Civil Veterinary Department. Central Provinces & Berar 1925-31 - 1925-1931
Year: 1925
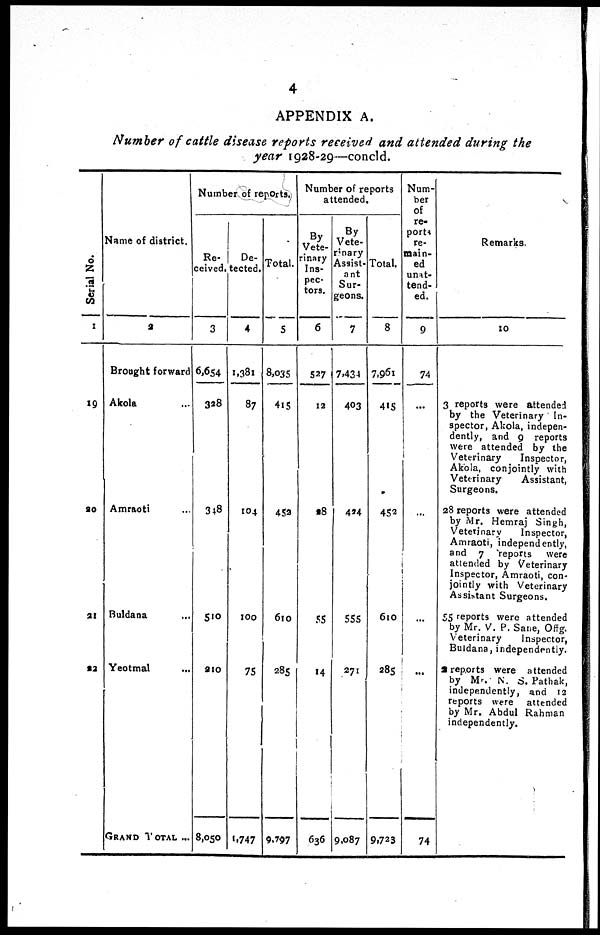
4
APPENDIX A.
Number of cattle disease reports received and attended during the
year 1928-29—concld.
Serial No.
1
19
20
21
22
Name of district.
2
Brought forward
Akola ...
Amraoti ...
Buldana ...
Yeotmal ...
GRAND TOTAL ...
Number of reports.
Re-
ceived.
3
6,654
328
348
510
210
8,050
De-
tected.
4
1,381
87
104
100
75
1,747
Total.
5
8,035
415
452
610
285
9,797
Number of reports
attended.
By
Vete-
rinary
Ins-
pec-
tors.
6
527
12
18
55
14
636
By
Vete-
rinary
Assist-
ant
Sur-
geons.
7
7,434
403
424
555
271
9,087
Total.
8
7,961
415
452
610
285
9,723
Num-
ber
of
re-
ports
re-
main-
ed
unat-
tend-
ed.
9
74
...
...
...
...
74
Remarks.
10
3 reports were attended
by the Veterinary In-
spector, Akola, indepen-
dently, and 9 reports
were attended by the
Veterinary
Inspector,
Akola, conjointly with
Veterinary
Assistant,
Surgeons.
28 reports were attended
by Mr. Hemraj Singh,
Veterinary
Inspector,
Amraoti, independently,
and 7 reports were
attended by Veterinary
Inspector, Amraoti, con-
jointly with Veterinary
Assistant Surgeons.
55 reports were attended
by Mr. V. P. Sane, Offg.
Veterinary
Inspector,
Buldana, independently.
2 reports were attended
by Mr. N. S. Pathak,
independently, and 12
reports were attended
by Mr. Abdul Rahman
independently.